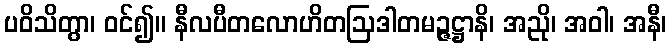
ပဝိသိတွာ၊ ဝင်၍။ နီလပီတလောဟိတဩဒါတမဉ္ဇဋ္ဌာနိ၊ အညို၊ အဝါ၊ အနီ၊